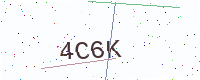
Text: 4C6K